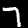
Digit: 7